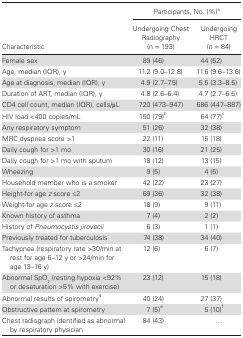
| <ROWSPAN=2> Characteristic | <COLSPAN=2> Participants, No. (%)a |
 | Undergoing Chest Radiography (n = 193) | Undergoing HRCT(n = 84) |
 | --- | --- | --- |
 | Female sex | 89 (46) | 44 (52) |
 | Age, median (IQR), y | 11.2 (9.0–12.8) | 11.6 (9.6–13.6) |
 | Age at diagnosis, median (IQR), y | 4.9 (2.7–7.5) | 5.5 (3.3–8.5) |
 | Duration of ART, median (IQR), y | 4.8 (2.6–6.4) | 4.7 (2.7–6.6) |
 | CD4 cell count, median (IQR), cells/μL | 720 (473–947) | 686 (447–887) |
 | HIV load <400 copies/mL | 150 (79)b | 64 (77)c |
 | Any respiratory symptom | 51 (26) | 32 (38) |
 | MRC dyspnea score >1 | 22 (11) | 15 (18) |
 | Daily cough for >1 mo | 30 (16) | 21 (25) |
 | Daily cough for >1 mo with sputum | 18 (12) | 13 (15) |
 | Wheezing | 9 (5) | 4 (5) |
 | Household member who is a smoker | 42 (22) | 23 (27) |
 | Height-for age z score ≤2 | 69 (36) | 32 (38) |
 | Weight-for age z score ≤2 | 18 (9) | 9 (11) |
 | Known history of asthma | 7 (4) | 2 (2) |
 | History of Pneumocystis jirovecii | 6 (3) | 1 (1) |
 | Previously treated for tuberculosis | 74 (38) | 34 (40) |
 | Tachypnea (respiratory rate >30/min at rest for age 6–12 y or >24/min for age 13–16 y) | 12 (6) | 6 (7) |
 | Abnormal SpO2 (resting hypoxia <92% or desaturation >5% with exercise) | 23 (12) | 15 (18) |
 | Abnormal results of spirometryd | 40 (24) | 27 (37) |
 | Obstructive pattern at spirometry | 7 (5)e | 5 (10)f |
 | Chest radiograph identified as abnormal by respiratory physician | 84 (43) | ... |